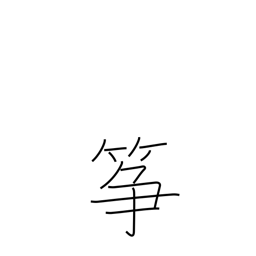
Meaning: koto